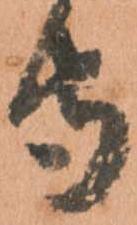
守